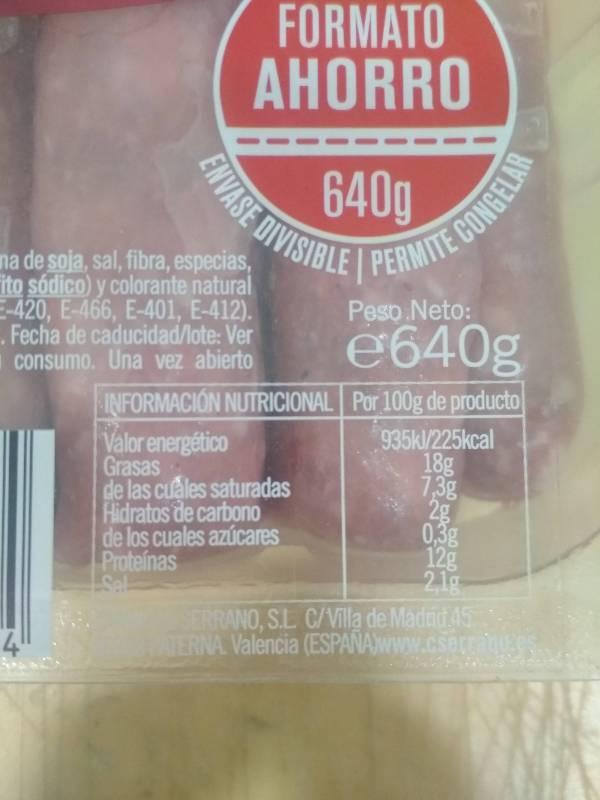
FORMATO AHORRO ENVASE DIVISIBLE PERMITE CONGELAR 640g na de soja, sal, fibra, especias, ito sódico) y colorante natural -420, E-466, E-401, E-412). . Fecha de caducidad/lote: Ver consumo. Una vez abierto Peso Neto: e640g INFORMACION NUTRICIONAL Por 100g de producto Valor energético Grasas de las cuales saturadas Hidratos de carbono de los cuales azúcares Proteínas Sel 935k/225kcal 18g 7,3g 2g 0,3g 12g 21g SERRANO,S.L C/Villa de Madad 45 ATERNA Valencia (ESPANAWWW.cser